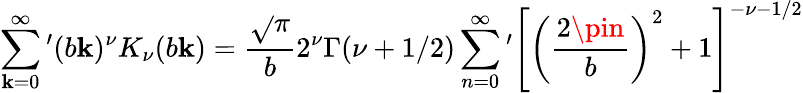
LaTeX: \sum_{\mathbf{k}=0}^{\infty}{'}(b\mathbf{k})^{\nu}K_{\nu}(b\mathbf{k})=\frac{{\sqrt{}{{\pi}}}}{{b}}2^{\nu}\Gamma(\nu+1/2)\sum_{n=0}^{\infty}{'}\left[\left(\frac{{2\pin}}{{b}}\right)^{2}+1\right]^{-\nu-1/2}